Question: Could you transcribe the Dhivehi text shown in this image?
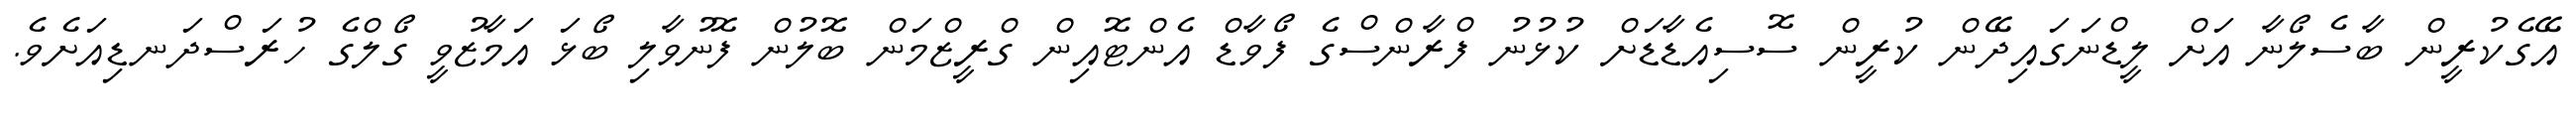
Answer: އޭގެކުރީން ބާސެލޯނާ އަށް ލީޑްނަގައިދޭން ކުރީން ސޮސިއެޑާޑަށް ކުޅުނު ފްރާންސްގެ ފޯވާޑް އެންޓޮއިން ގްރީޒްމަން ބޮލުން ފޮނުވާލި ބޯޅަ އަމާޒުވީ ގޯލްގެ ހުރަސްދަނޑިއަށެވެ.